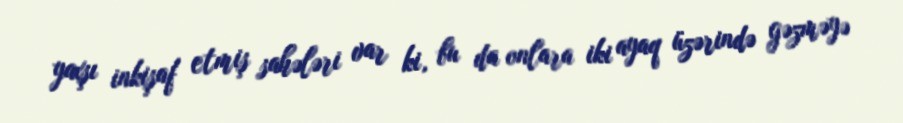
yaxşı inkişaf etmiş sahələri var ki, bu da onlara iki ayaq üzərində gəzməyə